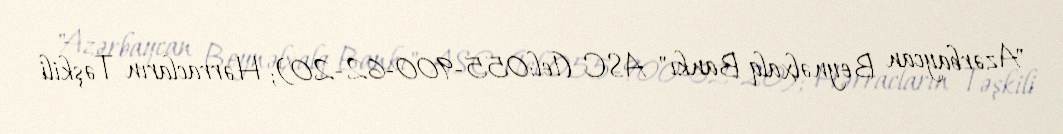
"Azərbaycan Beynəlxalq Bankı" ASC (tel:055-900-62-20); Hərracların Təşkili